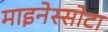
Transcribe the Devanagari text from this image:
माइनेस्सोटा